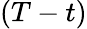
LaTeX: (T-t)